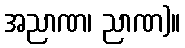
အညာဏ၊ ညာဏ)။